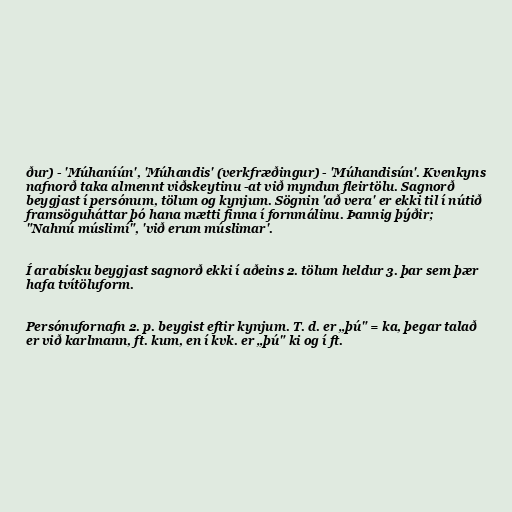
ður) - 'Múhaníún', 'Múhandis' (verkfræðingur) - 'Múhandisún'. Kvenkyns
nafnorð taka almennt viðskeytinu -at við myndun fleirtölu. Sagnorð
beygjast í persónum, tölum og kynjum. Sögnin 'að vera' er ekki til í nútið
framsöguháttar þó hana mætti finna í fornmálinu. Þannig þýðir;
"Nahnú múslimí", 'við erum múslimar'.

Í arabísku beygjast sagnorð ekki í aðeins 2. tölum heldur 3. þar sem þær
hafa tvítöluform.

Persónufornafn 2. p. beygist eftir kynjum. T. d. er „þú" = ka, þegar talað
er við karlmann, ft. kum, en í kvk. er „þú" ki og í ft.